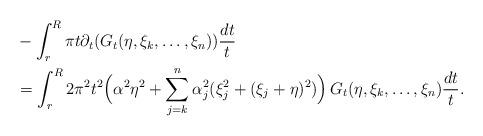
LaTeX: \begin{align*}& - \int_r^R \pi t\partial_t (G_t(\eta,\xi_k,\dots, \xi_n)) \frac{dt}{t}\\& = \int_r^R 2\pi^2 t^2 \Big(\alpha ^2\eta^2 + \sum_{j=k}^n \alpha_j^2(\xi_j^2 + (\xi_j+\eta)^2) \Big) \,G_t(\eta,\xi_k,\dots, \xi_n) \frac{dt}{t}.\end{align*}